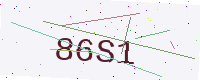
Text: 86S1